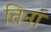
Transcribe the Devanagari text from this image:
तिनां